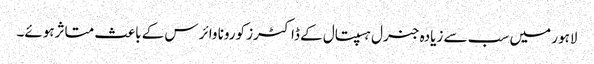
لاہور میں سب سے زیادہ جنرل ہسپتال کے ڈاکٹرز کورونا وائرس کے باعث متاثرہوئے۔